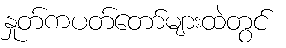
နှုတ်ကပတ်တော်များထဲတွင်